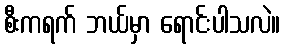
စီးကရက် ဘယ်မှာ ရောင်းပါသလဲ။